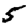
Digit: 5